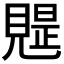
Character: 𧡭